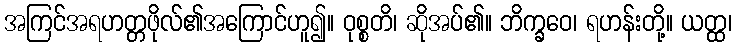
အကြင်အရဟတ္တဖိုလ်၏အကြောင်ဟူ၍။ ဝုစ္စတိ၊ ဆိုအပ်၏။ ဘိက္ခဝေ၊ ရဟန်းတို့။ ယတ္ထ၊